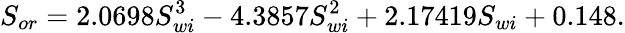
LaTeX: S_{or}=2.0698S_{wi}^{3}-4.3857S_{wi}^{2}+2.17419S_{wi}+0.148.